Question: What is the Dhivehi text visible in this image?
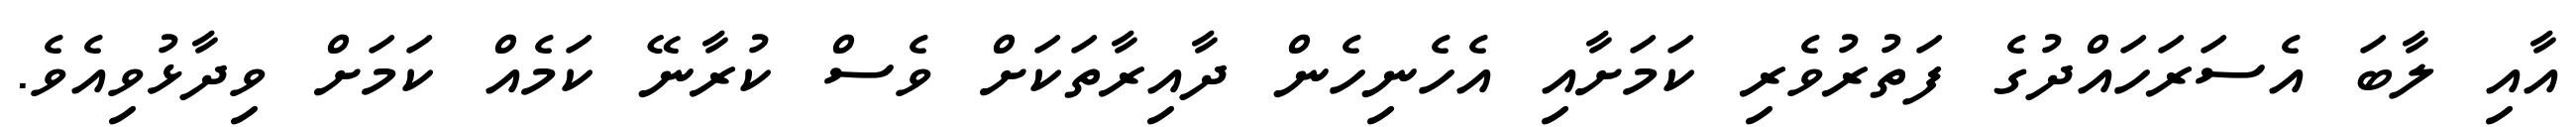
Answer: އާއި ލާބަ އެސަރަހައްދުގެ ފަތުރުވެރި ކަމަށާއި އެހެނިހެން ދާއިރާތަކަށް ވެސް ކުރާނޭ ކަމެއް ކަމަށް ވިދާޅުވިއެވެ.